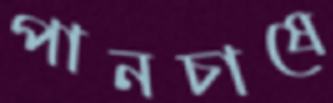
পানচাষে